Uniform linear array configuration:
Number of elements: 24
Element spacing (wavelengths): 0.25
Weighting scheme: binomial
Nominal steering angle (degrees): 0
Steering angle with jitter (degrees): -1.748
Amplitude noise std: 0.05
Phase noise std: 0.05

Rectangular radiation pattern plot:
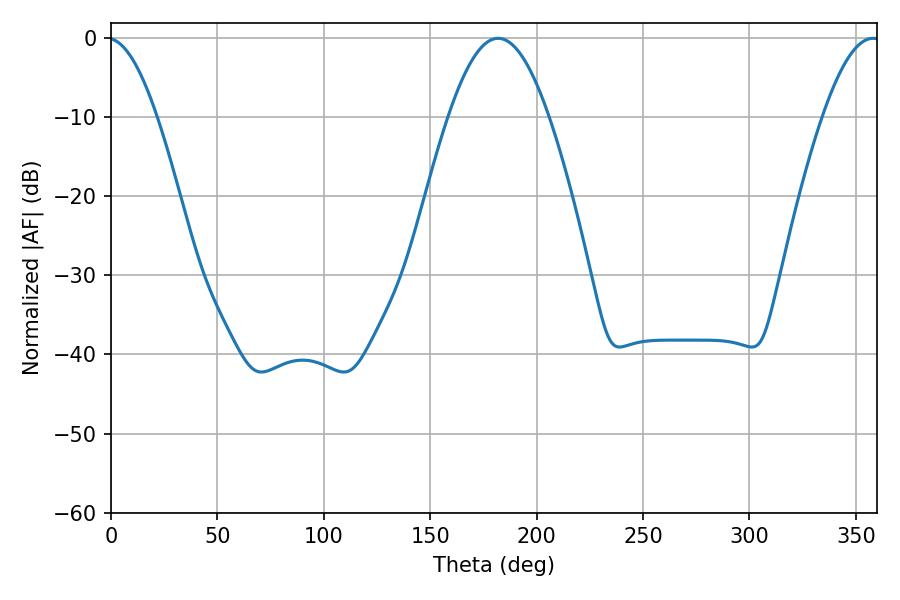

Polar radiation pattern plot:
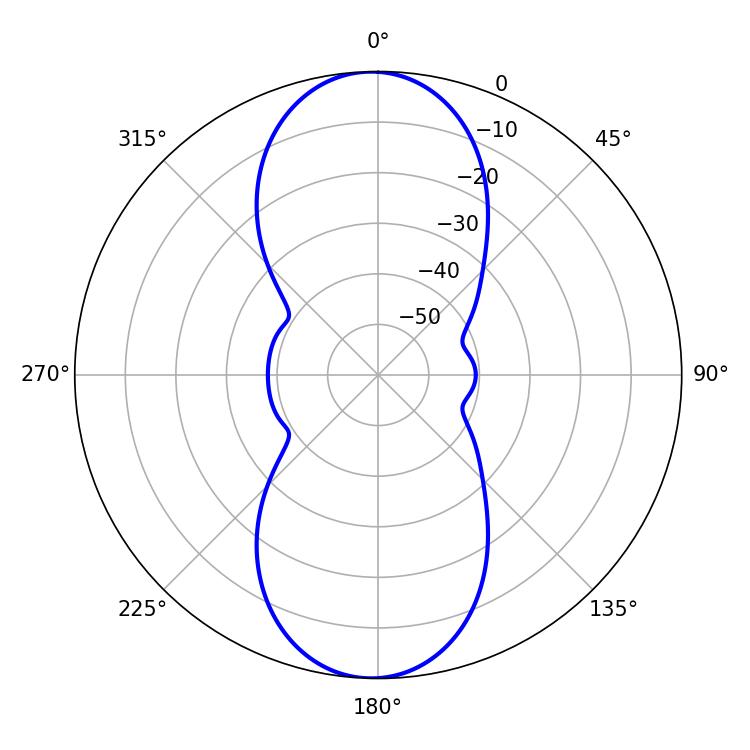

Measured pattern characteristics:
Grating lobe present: FALSE
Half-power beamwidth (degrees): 25.56
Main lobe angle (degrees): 181.98